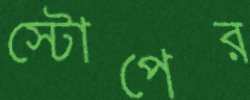
স্টোপের